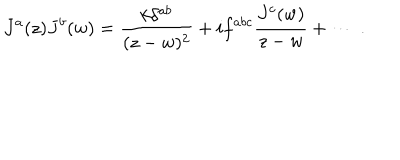
LaTeX: J ^ { a } ( z ) J ^ { b } ( w ) = \frac { k \delta ^ { a b } } { ( z - w ) ^ { 2 } } + i f ^ { a b c } \frac { J ^ { c } ( w ) } { z - w } + \cdots ~ .